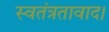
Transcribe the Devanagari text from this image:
स्वतंत्रतावाद।